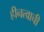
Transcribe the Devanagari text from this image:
हीनत्वाची